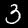
Label: 3